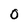
Character: 0